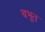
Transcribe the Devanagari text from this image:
बभूत